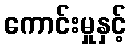
ကောင်းမှုနှင့်